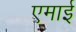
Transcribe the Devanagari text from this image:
एमाई